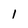
Character: 1